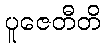
ပူဇေတီတိ